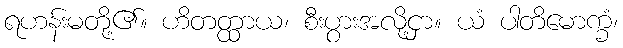
ရဟန်းမတို့၏။ ဟိတတ္ထာယ၊ စီးပွားအလို့ငှာ။ ယံ ပါတိမောက္ခံ၊